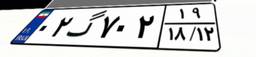
۰۲گ۷۰۲۱۹